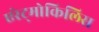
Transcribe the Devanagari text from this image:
एरेट्मोकिलिस